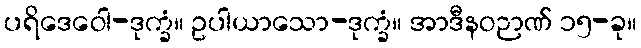
ပရိဒေဝေါ-ဒုက္ခံ။ ဥပါယာသော-ဒုက္ခံ။ အာဒီနဝဉာဏ် ၁၅-ခု။